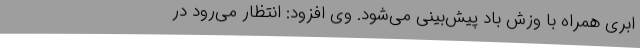
ابری همراه با وزش باد پیش‌بینی می‌شود. وی افزود: انتظار می‌رود در